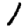
Digit: 1